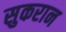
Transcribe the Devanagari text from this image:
सुकरान